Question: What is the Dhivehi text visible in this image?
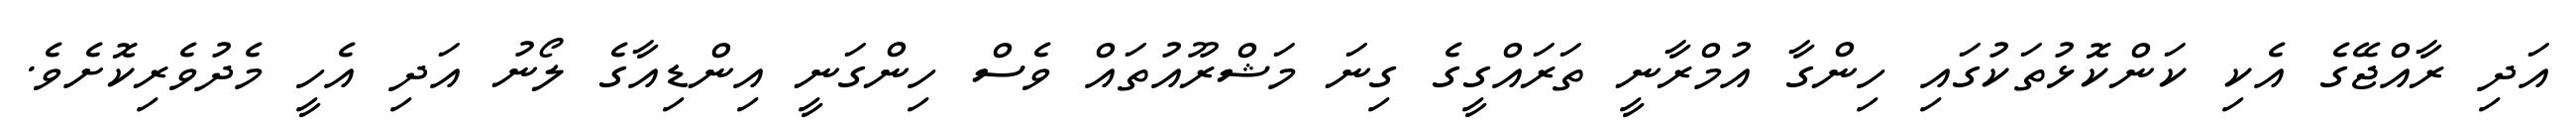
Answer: އަދި ރާއްޖޭގެ އެކި ކަންކޮޅުތަކުގައި ހިންގާ އުމްރާނީ ތަރައްގީގެ ގިނަ މަޝްރޫއުތައް ވެސް ހިންގަނީ އިންޑިއާގެ ލޯނު އަދި އެހީ މެދުވެރިކޮށެވެ.